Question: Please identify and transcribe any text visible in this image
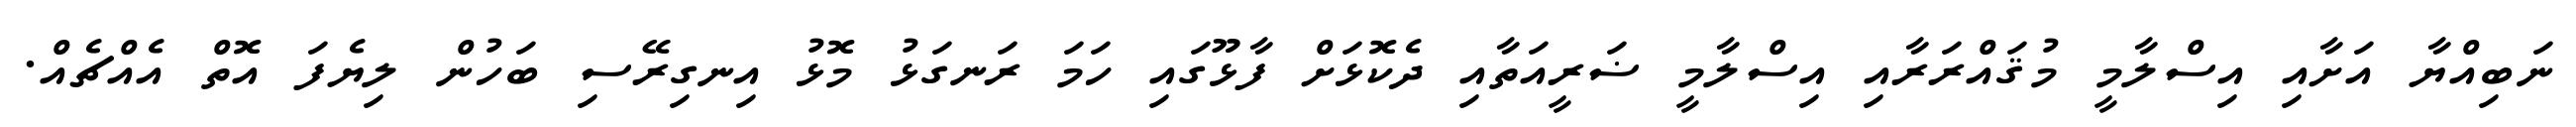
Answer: ނަބިއްޔާ އަށާއި އިސްލާމީ މުޤައްރަރާއި އިސްލާމީ ޟަރީއަތާއި ދެކޮޅަށް ފާޅޫގައި ހަމަ ރަނގަޅު މޮޅު އިނގިރޭސި ބަހުން ލިޔެފަ އޮތް އެއްޗެއް.